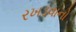
રખડવાનો